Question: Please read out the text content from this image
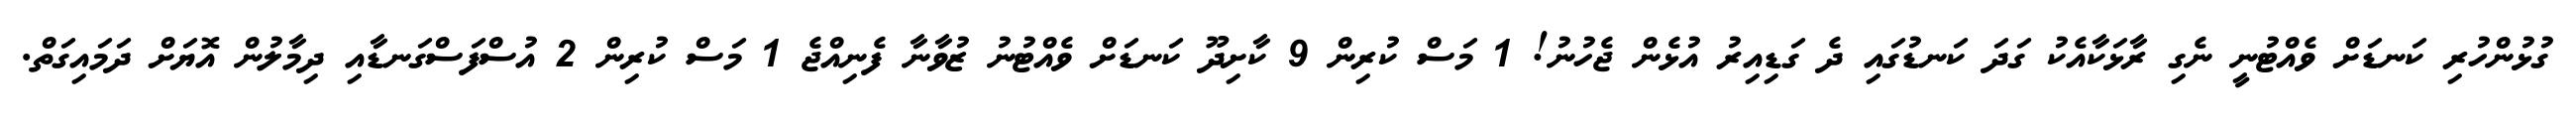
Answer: ގުޅުންހުރި ކަނޑަށް ވެއްޓުނީ ނެގި ރާޅަކާއެކު ގަދަ ކަނޑުގައި ދެ ގަޑިއިރު އުޅެން ޖެހުނު! 1 މަސް ކުރިން 9 ކާށިދޫ ކަނޑަށް ވެއްޓުނު ޒުވާނާ ފެނިއްޖެ 1 މަސް ކުރިން 2 އުސްފަސްގަނޑާއި ދިމާލުން އޮޔަށް ދަމައިގަތް.